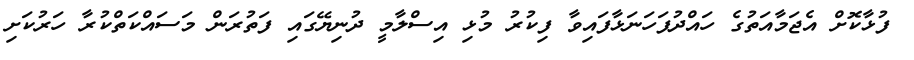
ފުޅާކޮށް އެޖަމާއަތުގެ ހައްދުފަހަނަޅާފައިވާ ފިކުރު މުޅި އިސްލާމީ ދުނިޔޭގައި ފަތުރަން މަސައްކަތްކުރާ ހަރުކަށި